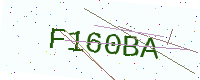
Text: F160BA